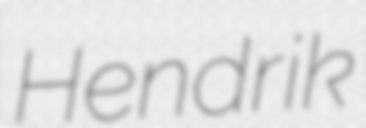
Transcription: Hendrik